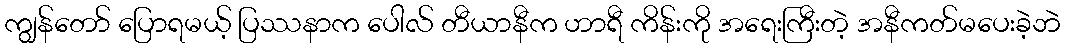
ကျွန်တော် ပြောရမယ့် ပြဿနာက ပေါလ် တီယာနီက ဟာရီ ကိန်းကို အရေးကြီးတဲ့ အနီကတ်မပေးခဲ့ဘဲ